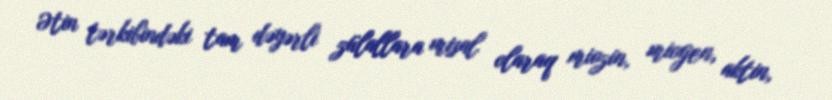
Ətin tərkibindəki tam dəyərli zülallara misal olaraq miozin, miogen, aktin,